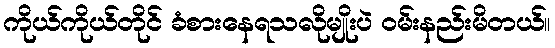
ကိုယ်ကိုယ်တိုင် ခံစားနေရသလိုမျိုးပဲ ဝမ်းနည်းမိတယ်။